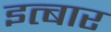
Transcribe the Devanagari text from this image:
इत्बार